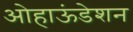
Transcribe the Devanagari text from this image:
ओहाऊंडेशन